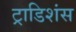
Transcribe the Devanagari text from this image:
ट्राडिशंस